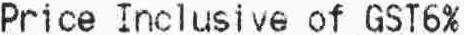
PRICE INCLUSIVE OF GST6%